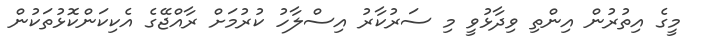
މީގެ އިތުރުން އިންތި ވިދާޅުވީ މި ސަރުކާރު އިސްލާހު ކުރުމަށް ރާއްޖޭގެ އެކިކަންކޮޅުތަކުން